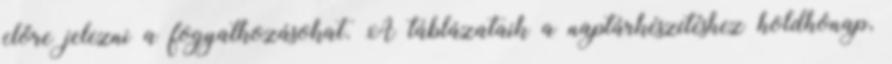
előre jelezni a fogyatkozásokat. A táblázataik a naptárkészítéshez holdhónap,